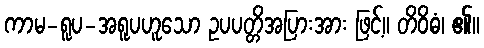
ကာမ-ရူပ-အရူပဟူသော ဥပပတ္တိအပြားအား ဖြင့်။ တိဝိဓံ၊ ၏။